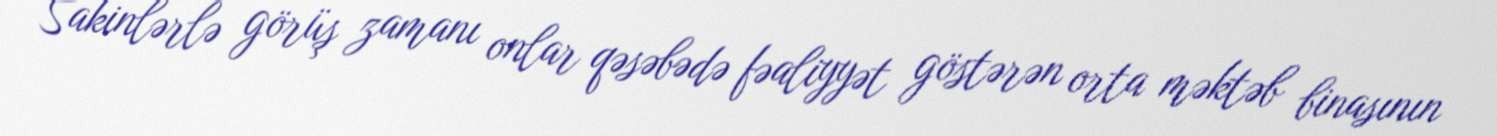
Sakinlərlə görüş zamanı onlar qəsəbədə fəaliyyət göstərən orta məktəb binasının